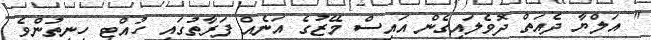
" އަލްޔާ ދެއަތް ދޮވެލައިގެން އައިސް މޭޒުގެ އަނެއް ފަރާތުގައި ހުއްޓި ހިނިތުންވެ